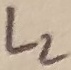
Text: L2